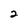
Character: 2